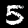
Digit: 5